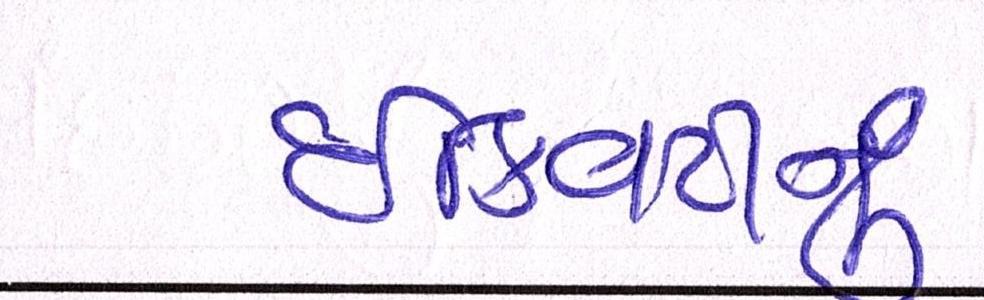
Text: ઈક્વિટીનું